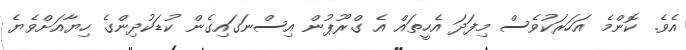
އެވެ. ކޮންމެ އަހަރަކުވެސް މިފަދަ އެހީތައް އެ ގްރޫޕުން އިސްނަގައިގެން ކުޑަކުދިންގެ ހިޔާއަށްވެޔެ